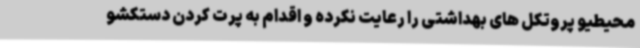
محیطیو پروتکل های بهداشتی را رعایت نکرده و اقدام به پرت کردن دستکشو